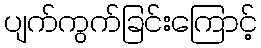
ပျက်ကွက်ခြင်းကြောင့်